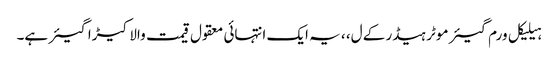
ہیلیکل ورم گیئر موٹر ہیڈر کے ل، ، یہ ایک انتہائی معقول قیمت والا کیڑا گیئر ہے۔